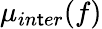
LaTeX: \mu_{in\mathsf{t}er}(f)